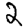
Digit: 2